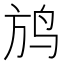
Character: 𲍮